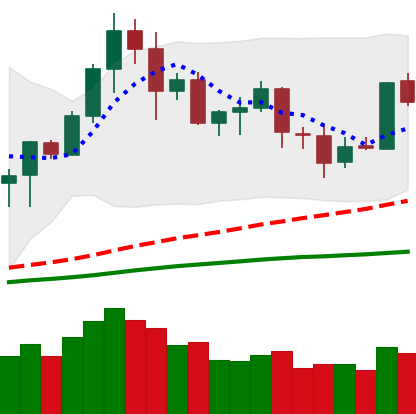
Ticker: LTC-USD
Chart end date: 2020-08-31
Forward return: -22.13%
Label: down_7plus